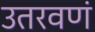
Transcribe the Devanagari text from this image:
उतरवणं